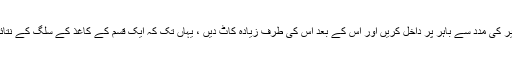
کسی پتلی لکیر کی مدد سے باہر پر داخل کریں اور اس کے بعد اس کی طرف زیادہ کاٹ دیں ، یہاں تک کہ ایک قسم کے کاغذ کے سلگ کے نتائج برآمد ہوں۔